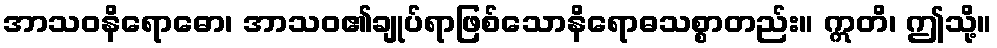
အာသဝနိရောဓော၊ အာသဝ၏ချုပ်ရာဖြစ်သောနိရောဓသစ္စာတည်း။ ဣတိ၊ ဤသို့။